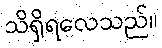
သိရှိရလေသည်။